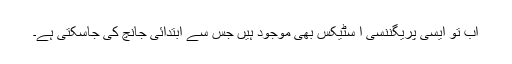
اب تو ایسی پریگننسی ا سٹیکس بھی موجود ہیں جس سے ابتدائی جانچ کی جاسکتی ہے۔